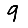
Digit: 9